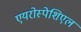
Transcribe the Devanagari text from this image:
एयरोस्पेशिएल